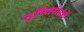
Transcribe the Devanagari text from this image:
सूक्तिसंग्रहों